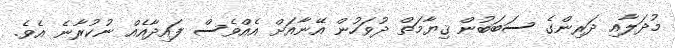
މުދަލާއި ދަރިންގެ ސަބަބުން ޤިޔާމަތް ދުވަހުން އޭނާއަށް އެއްވެސް ފައިދާއެއް ނުކުރާނެ އެވެ.